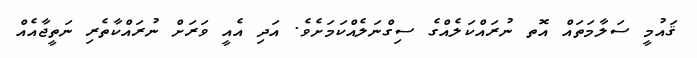
ޤައުމީ ސަލާމަތައް އޮތ ނުރައްކަލެއްގެ ސިގްނަލެއްކަމަށެވެ. އަދި އެއީ ވަރަށް ނުރައްކާތެރި ނަތީޖާއެއް